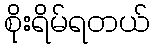
စိုးရိမ်ရတယ်